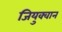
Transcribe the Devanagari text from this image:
जियुक्वान